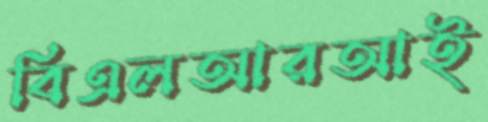
বিএলআরআই